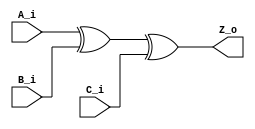
`timescale 1ns / 1ps
//////////////////////////////////////////////////////////////////////////////////
// Company: 
// Engineer: 
// 
// Design Name: 
// Module Name: 3_xor
// Project Name: 
// Target Devices: 
// Tool Versions: 
// Description: 
// 
// Dependencies: 
// 
// Revision:
// Revision 0.01 - File Created
// Additional Comments:
// 
//////////////////////////////////////////////////////////////////////////////////


module xor_tri
	# (parameter W = 0)
	(
        input wire A_i,
        input wire B_i,
        input wire C_i,
        output wire Z_o
    );
    
    assign Z_o = A_i ^ B_i ^C_i;
    
endmodule